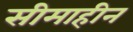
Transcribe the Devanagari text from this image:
सीमाहीन